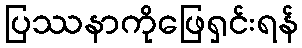
ပြဿနာကိုဖြေရှင်းရန်